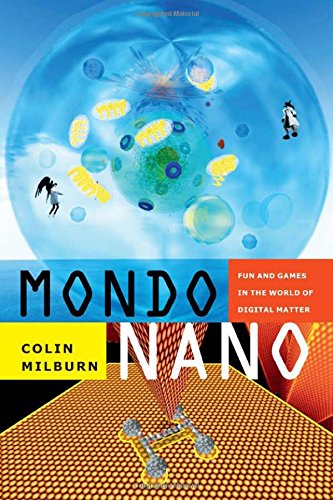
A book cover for Mondo Nano: Fun and Games in the World of Digital Matter (Experimental Futures); Colin Milburn; Science & Math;